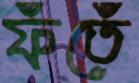
ফঁতেঁ